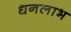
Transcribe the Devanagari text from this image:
धनलाभ